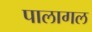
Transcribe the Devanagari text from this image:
पालागल